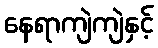
နေရာကျဲကျဲနှင့်